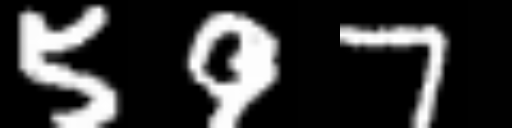
Text: 597